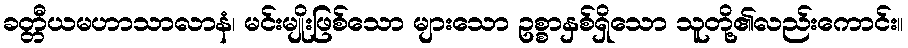
ခတ္တီယမဟာသာလာနံ၊ မင်းမျိုးဖြစ်သော များသော ဥစ္စာနှစ်ရှိသော သူတို့၏လည်းကောင်း။